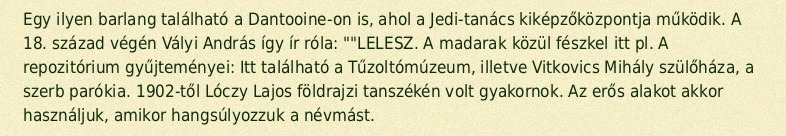
Egy ilyen barlang található a Dantooine-on is, ahol a Jedi-tanács kiképzőközpontja működik. A 18. század végén Vályi András így ír róla: ""LELESZ. A madarak közül fészkel itt pl. A repozitórium gyűjteményei: Itt található a Tűzoltómúzeum, illetve Vitkovics Mihály szülőháza, a szerb parókia. 1902-től Lóczy Lajos földrajzi tanszékén volt gyakornok. Az erős alakot akkor használjuk, amikor hangsúlyozzuk a névmást.